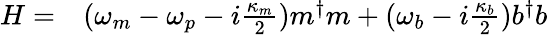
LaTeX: \begin{array}{cc}{H=}&{(\omega_{m}-\omega_{p}-i\frac{\kappa_{m}}{2})m^{\dagger}m+(\omega_{b}-i\frac{\kappa_{b}}{2})b^{\dagger}b}\end{array}